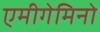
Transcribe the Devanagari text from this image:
एमीगेमिनो